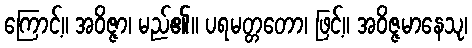
ကြောင့်။ အဝိဇ္ဇာ၊ မည်၏။ ပရမတ္တတော၊ ဖြင့်။ အဝိဇ္ဇမာနေသု၊